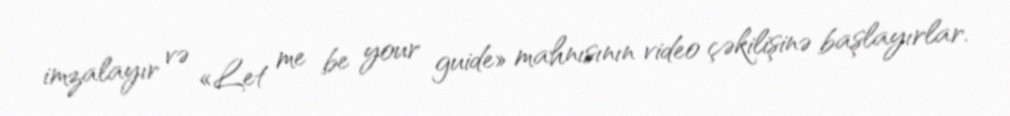
imzalayır və «Let me be your guide» mahnısının video çəkilişinə başlayırlar.